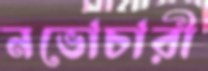
নভোচারী